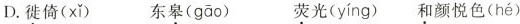
D. 徙倚( xǐ ) 东皋(gāo) 荧光(yíng) 和颜悦色( hé )